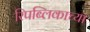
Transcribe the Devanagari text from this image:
रिपब्लिकाच्या